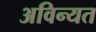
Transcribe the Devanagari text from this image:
अविन्यत